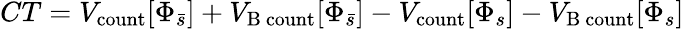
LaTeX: CT=V_{\mathrm{count}}[\Phi_{\bar{s}}]+V_{\mathrm{B\ count}}[\Phi_{\bar{s}}]-V_{\mathrm{count}}[\Phi_{s}]-V_{\mathrm{B\ count}}[\Phi_{s}]